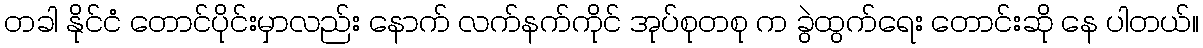
တခါ နိုင်ငံ တောင်ပိုင်းမှာလည်း နောက် လက်နက်ကိုင် အုပ်စုတစု က ခွဲထွက်ရေး တောင်းဆို နေ ပါတယ်။